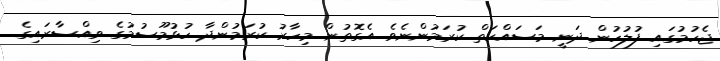
ޖެހުމުގައި ފުލުހުން ދަނީ މަސައްކަތް ކުރަމުންނެވެ. އެގޮތުން މިހާރު ކުރަމުންދާ ހުޅުމޫސުމުގެ ވިއްސާރައިގެ